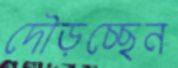
দৌড়চ্ছেন